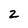
Character: 2